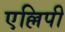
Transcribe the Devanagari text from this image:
एल्लिपी